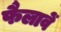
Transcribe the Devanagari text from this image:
फैलावें